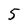
Character: 5